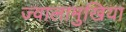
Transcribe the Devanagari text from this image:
ज्वालामुखियां